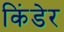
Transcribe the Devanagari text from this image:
किंडेर